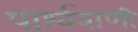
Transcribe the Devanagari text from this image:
पार्श्ववाणी